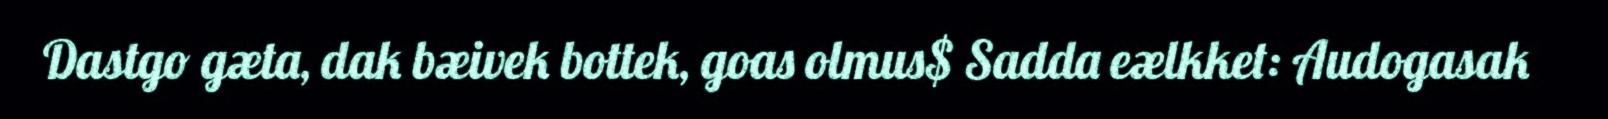
Dastgo gæta, dak bæivek bottek, goas olmus$ Sadda eælkket: Audogasak